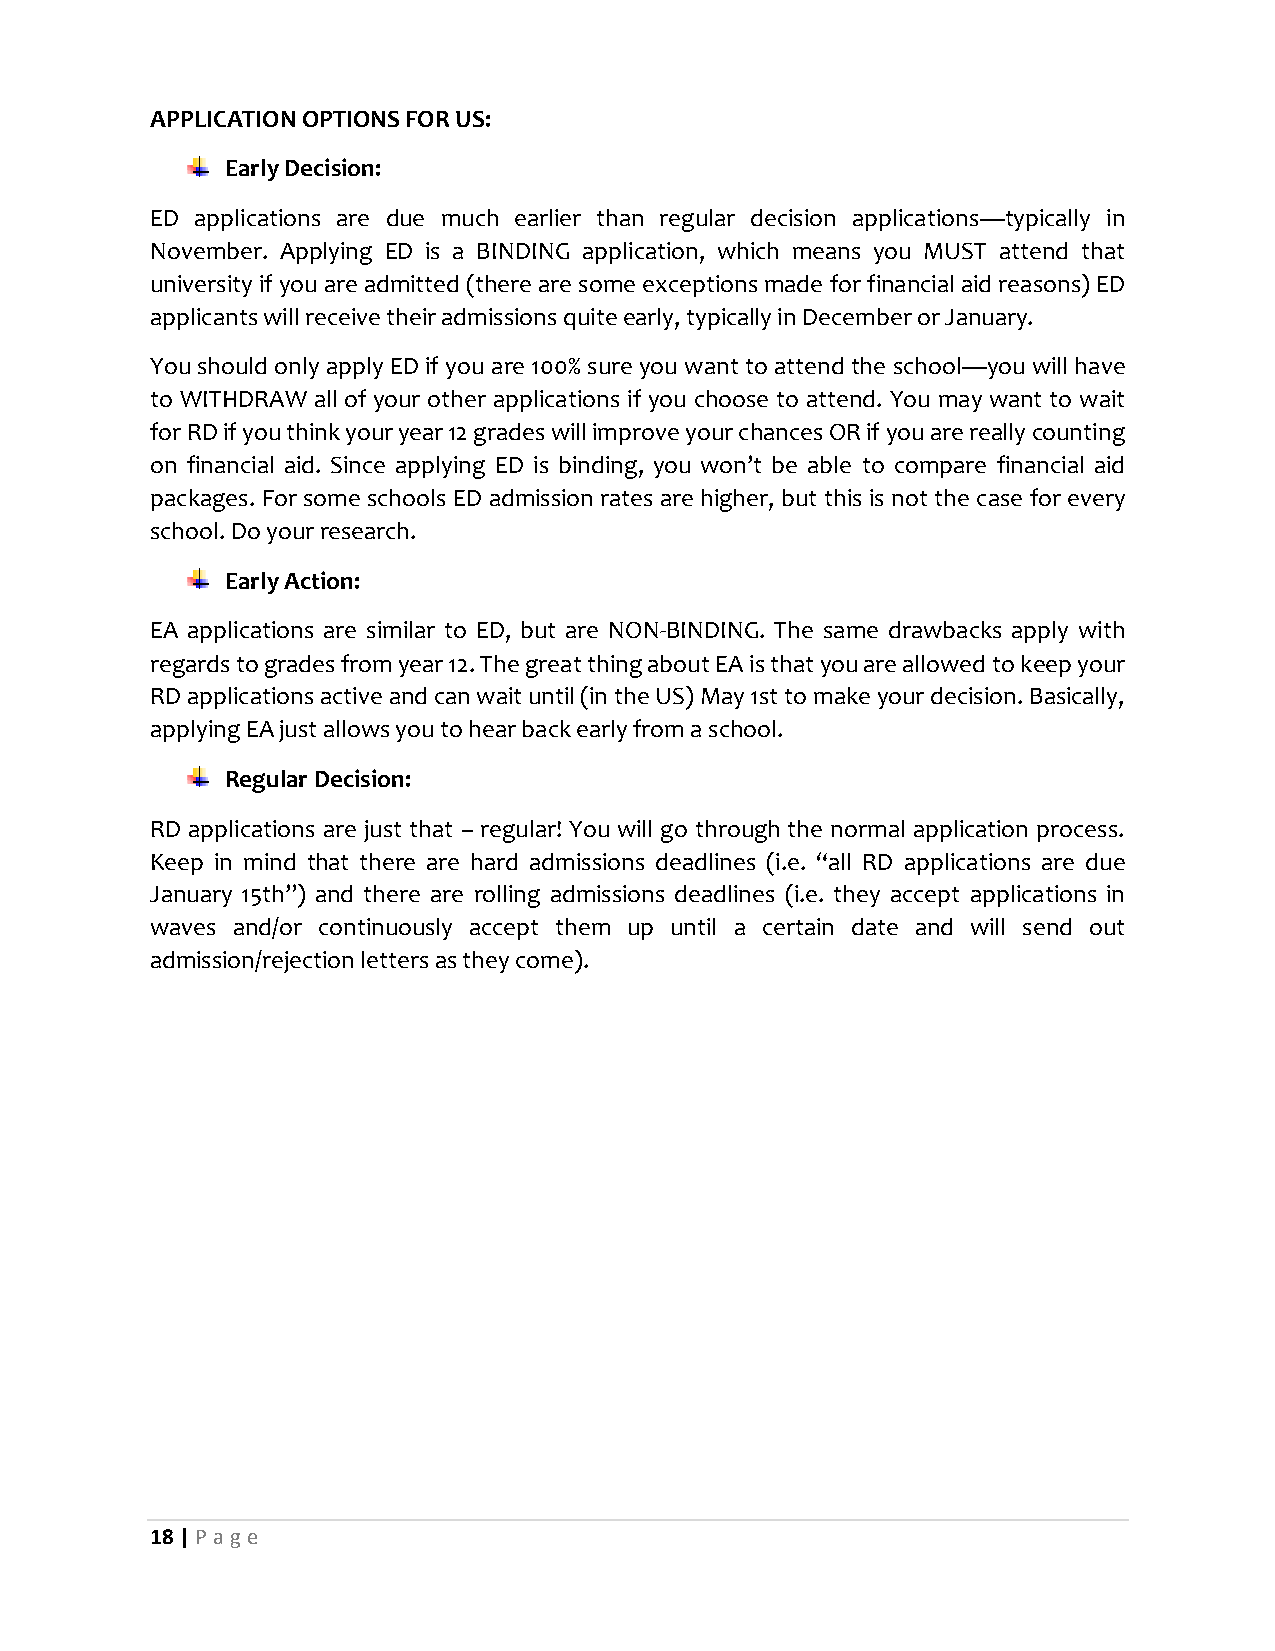
APPLICATION OPTIONS FOR US:
 Early Decision:
 ED applications are due much earlier than regular decision applications—typically in
 November. Applying ED is a BINDING application, which means you MUST attend that
 university if you are admitted (there are some exceptions made for financial aid reasons) ED
 applicants will receive their admissions quite early, typically in December or January.
 You should only apply ED if you are 100% sure you want to attend the school—you will have
 to WITHDRAW all of your other applications if you choose to attend. You may want to wait
 for RD if you think your year 12 grades will improve your chances OR if you are really counting
 on financial aid. Since applying ED is binding, you won’t be able to compare financial aid
 packages. For some schools ED admission rates are higher, but this is not the case for every
 school. Do your research.
 Early Action:
 EA applications are similar to ED, but are NON-BINDING. The same drawbacks apply with
 regards to grades from year 12. The great thing about EA is that you are allowed to keep your
 RD applications active and can wait until (in the US) May 1st to make your decision. Basically,
 applying EA just allows you to hear back early from a school.
 Regular Decision:
 RD applications are just that – regular! You will go through the normal application process.
 Keep in mind that there are hard admissions deadlines (i.e. “all RD applications are due
 January 15th”) and there are rolling admissions deadlines (i.e. they accept applications in
 waves and/or continuously accept them up until a certain date and will send out
 admission/rejection letters as they come).
 18 | P age